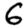
Digit: 6